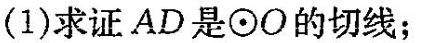
(1)求证AD是\odot O的切线；